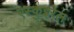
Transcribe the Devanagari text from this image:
एस्कुइरेल